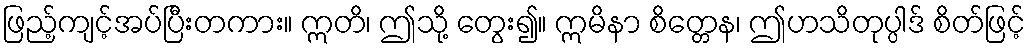
ဖြည့်ကျင့်အပ်ပြီးတကား။ ဣတိ၊ ဤသို့ တွေး၍။ ဣမိနာ စိတ္တေန၊ ဤဟသိတုပ္ပါဒ် စိတ်ဖြင့်